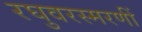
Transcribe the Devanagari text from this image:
रघुवरस्मरणीं